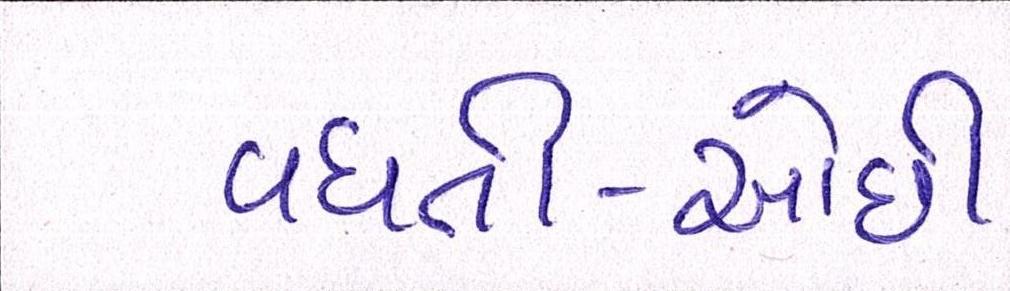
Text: વધતી-ઓછી